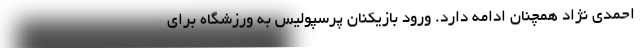
احمدی نژاد همچنان ادامه دارد. ورود بازیکنان پرسپولیس به ورزشگاه برای